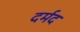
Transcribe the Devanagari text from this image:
दर्मद